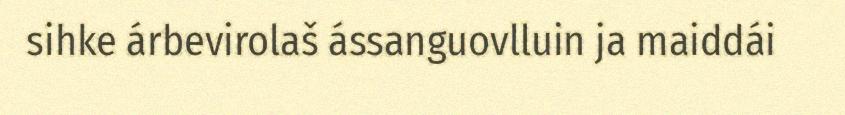
sihke árbevirolaš ássanguovlluin ja maiddái